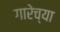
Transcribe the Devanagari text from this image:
गारेच्या